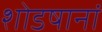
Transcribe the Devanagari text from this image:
शोडषानां